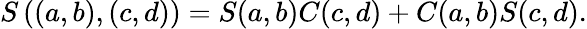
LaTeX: S\left((a,b),(c,d)\right)=S(a,b)C(c,d)+C(a,b)S(c,d).